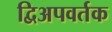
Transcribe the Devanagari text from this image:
द्विअपवर्तक